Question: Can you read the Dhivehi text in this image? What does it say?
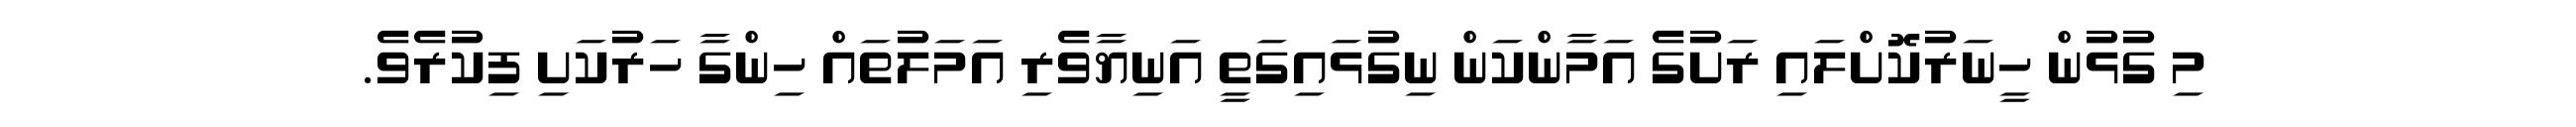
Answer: މި ގުޅުން ހީނަރުކޮށްލައި ރަށުގެ އަމާންކަން ނިގުޅައިގަތީ އަނިޔާވެރި އަމަލުތައް ހިންގާ ހަރުކަށި ފިކުރެވެ.